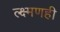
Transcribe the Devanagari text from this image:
ल्क्ष्मणही